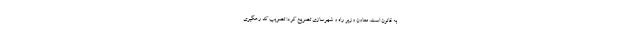
به قانون است. معاون وزیر راه و شهرسازی تصریح کرد: تصویب کد رهگیری